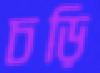
চড়ি